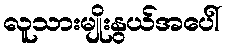
လူသားမျိုးနွယ်အပေါ်